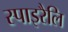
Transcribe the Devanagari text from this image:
स्पाइरैलि